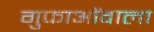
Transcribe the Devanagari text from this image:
गुफाओंवाला